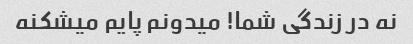
نه در زندگی شما! میدونم پایم میشکنه